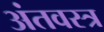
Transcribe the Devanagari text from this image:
अंतवस्त्र